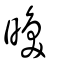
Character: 㬇